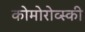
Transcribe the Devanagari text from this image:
कोमोरोव्स्की